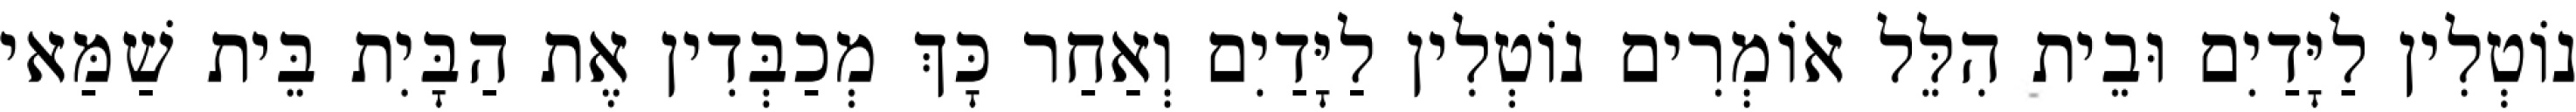
נוֹטְלִין לַיָּדַיִם וּבֵית הִלֵּל אוֹמְרִים נוֹטְלִין לַיָּדַיִם וְאַחַר כָּךְ מְכַבְּדִין אֶת הַבָּיִת בֵּית שַׁמַּאי